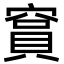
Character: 䆬